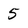
Character: 5